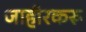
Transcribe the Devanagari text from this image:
जाहीरकरू